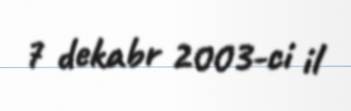
7 dekabr 2003-ci il